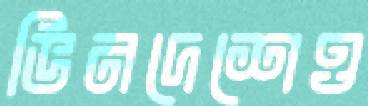
ভিনদেশেও